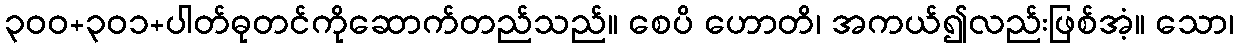
၃၀၀+၃၀၁+ပါတ်ဓုတင်ကိုဆောက်တည်သည်။ စေပိ ဟောတိ၊ အကယ်၍လည်းဖြစ်အံ့။ သော၊